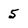
Character: 5